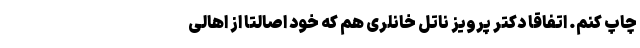
چاپ کنم. اتفاقاً دکتر پرویز ناتل خانلری هم که خود اصالتاً از اهالی